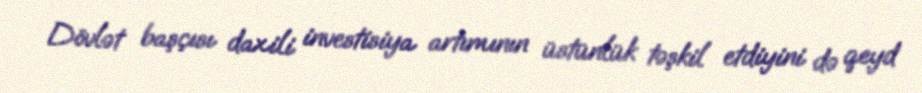
Dövlət başçısı daxili investisiya artımının üstünlük təşkil etdiyini də qeyd